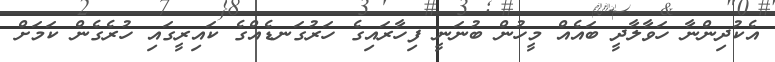
އެކުދިންނާ ހަވާލާދީ ބައެއް މީހުން ބުނަނީ ފިހާރައިގެ ހަރުގަނޑެއްގެ ކައިރީގައި ހުރެގެން ކަމަށް